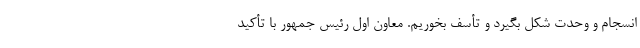
انسجام و وحدت شکل بگیرد و تأسف بخوریم. معاون اول رئیس جمهور با تأکید